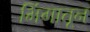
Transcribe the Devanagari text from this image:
भिंगातून